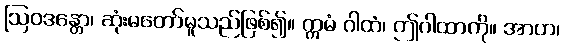
ဩဝဒန္တော၊ ဆုံးမတော်မူသည်ဖြစ်၍။ ဣမံ ဂါထံ၊ ဤဂါထာကို။ အာဟ၊